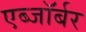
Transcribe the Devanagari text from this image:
एब्जॉर्बर